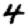
Digit: 4